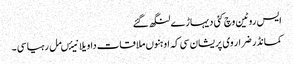
ایس روٹین وچ کئی دیہاڑے لنگھ گئے
کمانڈر ضرار وی پریشان سی کہ اوہنوں ملاقات دا ویلا نیئںمل رہیا سی ۔